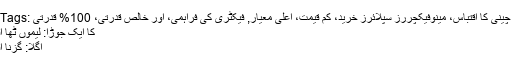
Hot Tags: ریوند چینی کا اقتباس، مینوفیکچررز سپلائرز خرید، کم قیمت، اعلی معیار, فیکٹری کی فراہمی، اور خالص قدرتی، 100% قدرتی
کا ایک جوڑا: لیموں ُٓٹھا اقتباس
اگلا: گزنا اقتباس